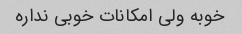
خوبه ولی امکانات خوبی نداره